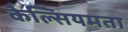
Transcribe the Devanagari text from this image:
कैल्सियमता